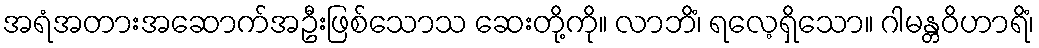
အရံအတားအဆောက်အဦးဖြစ်သောသ ဆေးတို့ကို။ လာဘိံ၊ ရလေ့ရှိသော။ ဂါမန္တဝိဟာရိံ၊